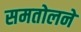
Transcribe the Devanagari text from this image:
समतोलने